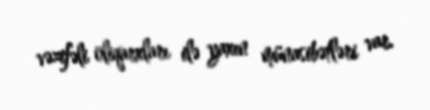
vəzifəli oliqarxları ilə yaxın münasibətləri var.